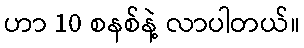
ဟာ 10 စနစ်နဲ့ လာပါတယ်။